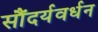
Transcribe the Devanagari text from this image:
सौंदर्यवर्धन